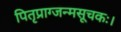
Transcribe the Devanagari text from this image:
पितृप्राग्जन्मसूचकः।